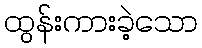
ထွန်းကားခဲ့သော